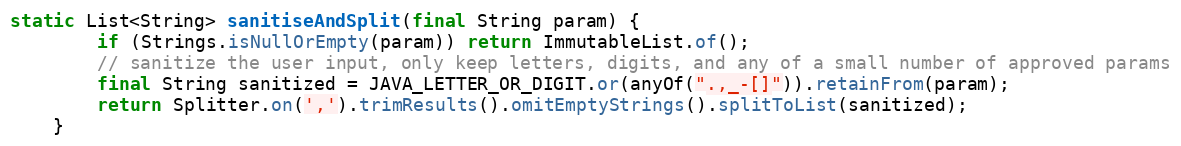
Language: Java
static List<String> sanitiseAndSplit(final String param) {
        if (Strings.isNullOrEmpty(param)) return ImmutableList.of();
        // sanitize the user input, only keep letters, digits, and any of a small number of approved params
        final String sanitized = JAVA_LETTER_OR_DIGIT.or(anyOf(".,_-[]")).retainFrom(param);
        return Splitter.on(',').trimResults().omitEmptyStrings().splitToList(sanitized);
    }